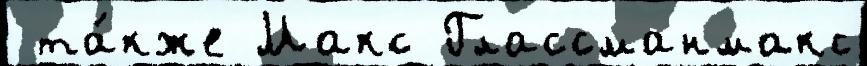
 та́кже Макс Глассманмакс